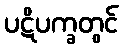
ပဋိပက္ခတွင်